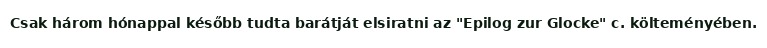
Csak három hónappal később tudta barátját elsiratni az "Epilog zur Glocke" c. költeményében.